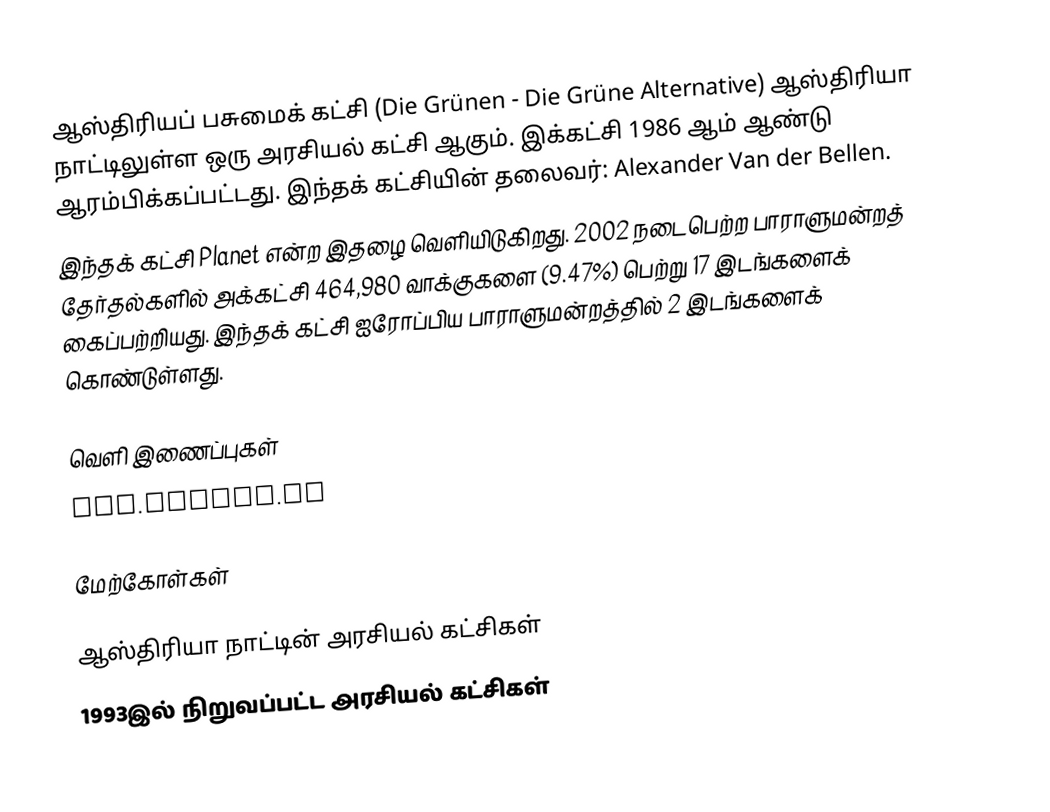
ஆஸ்திரியப் பசுமைக் கட்சி (Die Grünen - Die Grüne Alternative) ஆஸ்திரியா நாட்டிலுள்ள ஒரு அரசியல் கட்சி ஆகும். இக்கட்சி 1986 ஆம் ஆண்டு ஆரம்பிக்கப்பட்டது. இந்தக் கட்சியின் தலைவர்: Alexander Van der Bellen.
இந்தக் கட்சி Planet என்ற இதழை வெளியிடுகிறது. 2002 நடைபெற்ற பாராளுமன்றத் தேர்தல்களில் அக்கட்சி 464,980 வாக்குகளை (9.47%) பெற்று 17 இடங்களைக் கைப்பற்றியது. இந்தக் கட்சி ஐரோப்பிய பாராளுமன்றத்தில் 2 இடங்களைக் கொண்டுள்ளது.

வெளி இணைப்புகள்
www.gruene.at

மேற்கோள்கள்

ஆஸ்திரியா நாட்டின் அரசியல் கட்சிகள்
1993இல் நிறுவப்பட்ட அரசியல் கட்சிகள்